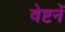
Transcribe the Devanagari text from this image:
वेष्टनें